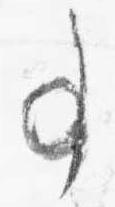
事